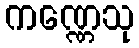
ကဏ္ဏေသု